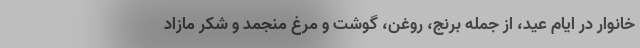
خانوار در ایام عید، از جمله برنج، روغن، گوشت و مرغ منجمد و شکر مازاد